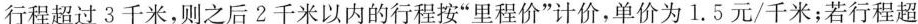
行程超过3千米，则之后2千米以内的行程按“里程价”计价，单价为1.5元/千米；若行程超